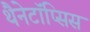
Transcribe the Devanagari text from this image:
थैनेटॉॅप्सिस